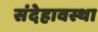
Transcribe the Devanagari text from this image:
संदेहावस्था